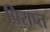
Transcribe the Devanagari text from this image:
पिराप्त